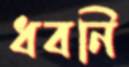
ধবনি